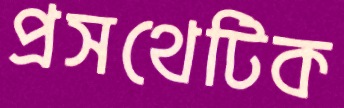
প্রসথেটিক